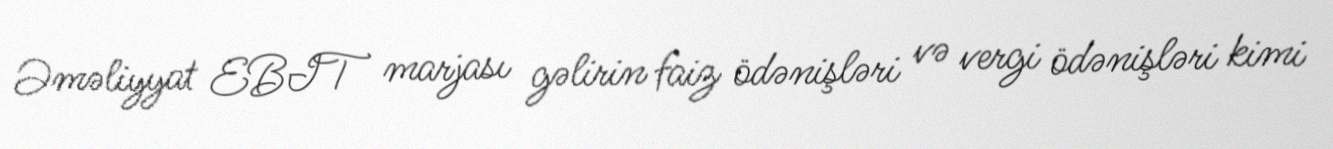
Əməliyyat EBIT marjası gəlirin faiz ödənişləri və vergi ödənişləri kimi